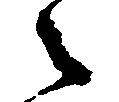
々